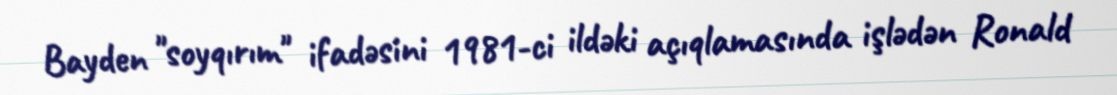
Bayden "soyqırım" ifadəsini 1981-ci ildəki açıqlamasında işlədən Ronald